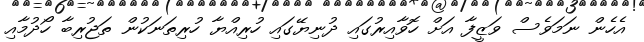
އެހެން ނަމަވެސް ވަޒީފާ އަށް ހޮވާއިރުގައި ދުނިޔޭގައި ހުރިއްޔާ ހުރިތަނަކުން ތަޖުރިބާ ހޯދުމާއި